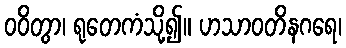
ဝဝိတွာ၊ ရုတေကံသို့၍။ ဟသာဝတိနဂရေ၊